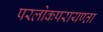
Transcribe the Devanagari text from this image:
परलोकपरायण्ता